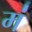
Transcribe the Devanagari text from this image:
मं॑